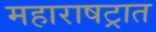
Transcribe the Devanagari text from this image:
महाराषट्रात